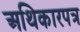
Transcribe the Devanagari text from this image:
अथिकारपत्र